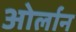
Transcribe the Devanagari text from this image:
ओर्लान